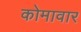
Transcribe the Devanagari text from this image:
कोमावार